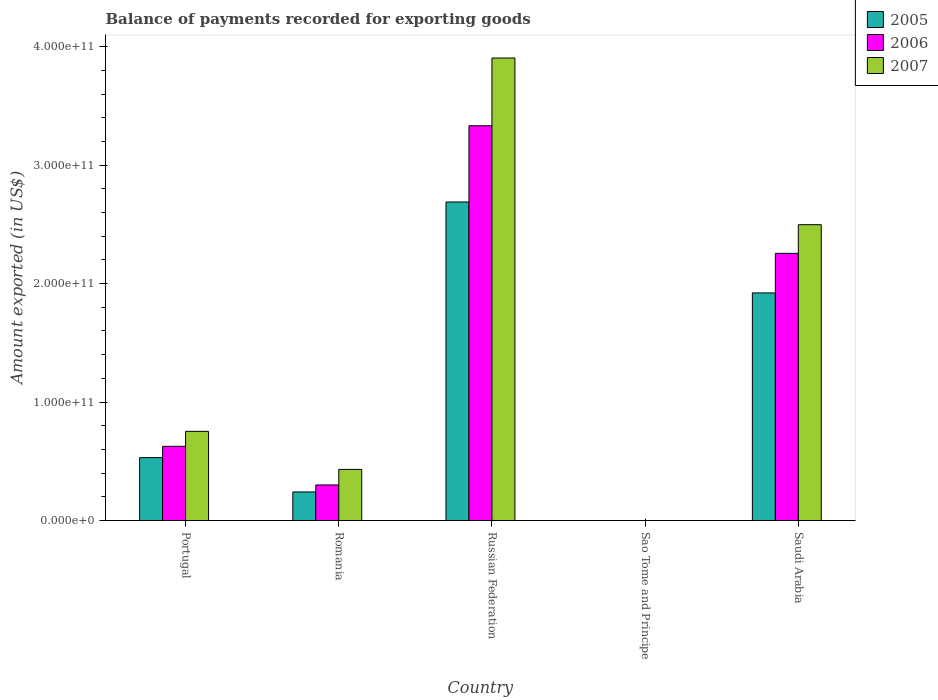
| Country | 2005 | 2006 | 2007 |
 | --- | --- | --- | --- |
 | Portugal | 5.31e+10 | 6.27e+10 | 7.53e+10 |
 | Romania | 2.42e+10 | 3.01e+10 | 4.32e+10 |
 | Russian Federation | 2.69e+11 | 3.33e+11 | 3.9e+11 |
 | Sao Tome and Principe | 1.59e+07 | 1.61e+07 | 1.35e+07 |
 | Saudi Arabia | 1.92e+11 | 2.26e+11 | 2.5e+11 |